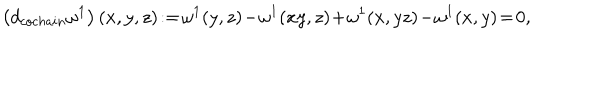
\left( d _ { c o c h a i n } \omega ^ { 1 } \right) ( x , y , z ) \! : = \! \omega ^ { 1 } ( y , z ) \! - \! \omega ^ { 1 } ( x y , z ) \! + \! \omega ^ { 1 } ( x , y z ) \! - \! \omega ^ { 1 } ( x , y ) \! = \! 0 ,